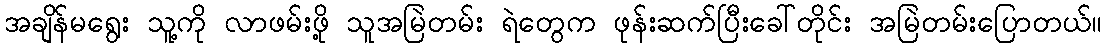
အချိန်မရွေး သူ့ကို လာဖမ်းဖို့ သူအမြဲတမ်း ရဲတွေက ဖုန်းဆက်ပြီးခေါ်တိုင်း အမြဲတမ်းပြောတယ်။